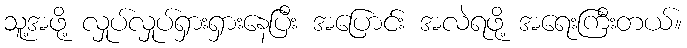
သူ့အဖို့ လှုပ်လှုပ်ရှားရှားနေပြီး အပြောင်း အလဲရဖို့ အရေးကြီးတယ်။